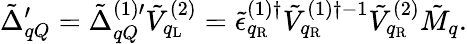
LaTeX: {\tilde{\Delta}}_{qQ}^{\prime}={\tilde{\Delta}}_{qQ}^{(1)\prime}{\tilde{V}}_{q_{\mathrm{L}}}^{(2)}={\tilde{\epsilon}}_{q_{\mathrm{R}}}^{(1)\dagger}{\tilde{V}}_{q_{\mathrm{R}}}^{(1)\dagger-1}{\tilde{V}}_{q_{\mathrm{R}}}^{(2)}{\tilde{M}}_{q}.